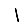
Digit: 1